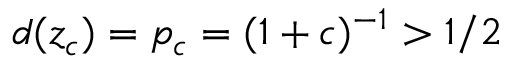
d ( z _ { c } ) = p _ { c } = ( 1 + c ) ^ { - 1 } > 1 / 2